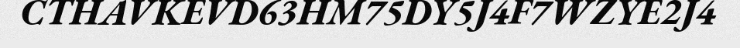
CTHAVKEVD63HM75DY5J4F7WZYE2J4